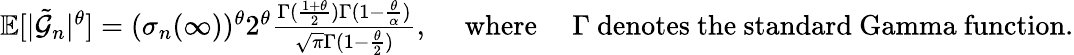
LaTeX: \begin{array}{r}{\mathbb{E}[|\tilde{\mathcal{G}}_{n}|^{\theta}]=(\sigma_{n}(\infty))^{\theta}2^{\theta}\frac{\Gamma(\frac{1+\theta}{2})\Gamma(1-\frac{\theta}{\alpha})}{\sqrt{\pi}\Gamma(1-\frac{\theta}{2})},\quad\mathrm{~where~}\quad\Gamma\mathrm{~denotes~the~standard~Gamma~function}.}\end{array}